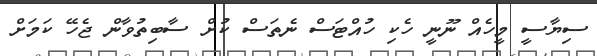
ސިޔާސީ މީހެއް ނޫނީ ހެކި ހުއްޓަސް ނެތަސް ކުށް ސާބިތުވާން ޖެހޭ ކަމަށް